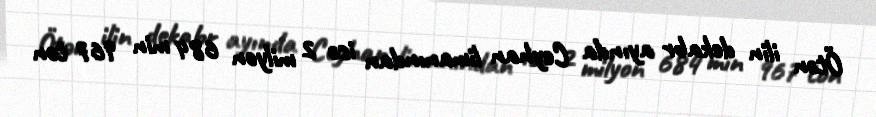
Ötən ilin dekabr ayında Ceyhan limanından isə 2 milyon 684 min 967 ton